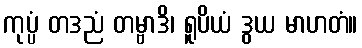
ကုပ္ပံ တဒညံ တမ္ဗာဒိ၊ ရူပိယံ ဒွယ မာဟတံ။